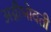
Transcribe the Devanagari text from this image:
अग्नीभोवती